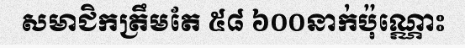
សមាជិកត្រឹមតែ ៥៨ ៦០០នាក់ប៉ុណ្ណោះ